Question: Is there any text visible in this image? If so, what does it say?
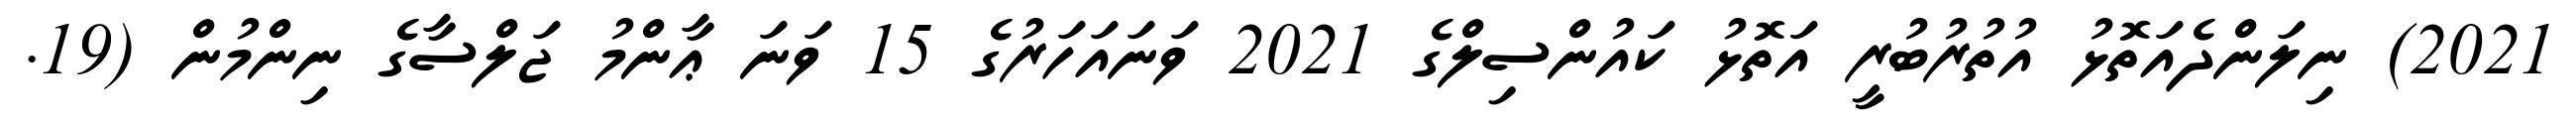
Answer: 2021) ނިލަންދެއަތޮޅު އުތުރުބުރީ އަތޮޅު ކައުންސިލްގެ 2021 ވަނައަހަރުގެ 15 ވަނަ ޢާންމު ޖަލްސާގެ ނިންމުން (19.